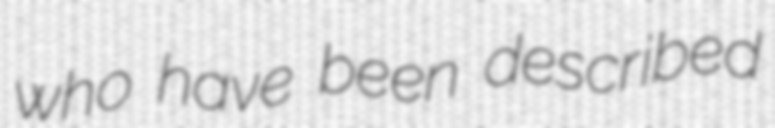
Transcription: who have been described